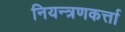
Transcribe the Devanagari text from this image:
नियन्त्रणकर्त्ता